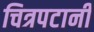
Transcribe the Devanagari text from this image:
चित्रपटानी